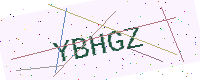
Text: YBHGZ